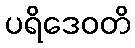
ပရိဒေဝတိ